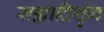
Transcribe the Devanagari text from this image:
सह्याद्रिशृंग